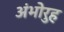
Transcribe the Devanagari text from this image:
अंभोरुह